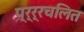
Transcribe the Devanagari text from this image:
प्र्र्रचलित